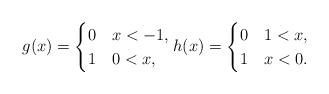
LaTeX: \begin{align*}g(x) = \begin{cases} 0 & x < -1, \\ 1 & 0 < x,\end{cases} h(x) = \begin{cases} 0 & 1 < x, \\ 1 & x < 0.\end{cases}\end{align*}